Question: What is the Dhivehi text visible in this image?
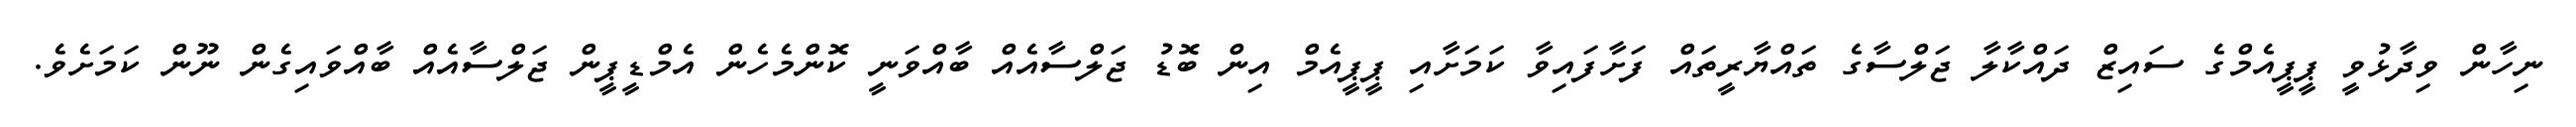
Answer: ނިހާން ވިދާޅުވީ ޕީޕީއެމްގެ ސައިޒް ދައްކާލާ ޖަލްސާގެ ތައްޔާރީތައް ފަށާފައިވާ ކަމަށާއި ޕީޕީއެމް އިން ބޮޑު ޖަލްސާއެއް ބާއްވަނީ ކޮންމެހެން އެމްޑީޕީން ޖަލްސާއެއް ބާއްވައިގެން ނޫން ކަމަށެވެ.